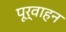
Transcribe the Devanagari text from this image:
पूर्वाहन